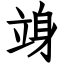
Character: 竧